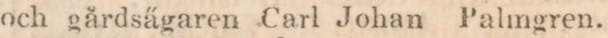
och gårdsägaren Carl Johan Palmgren.